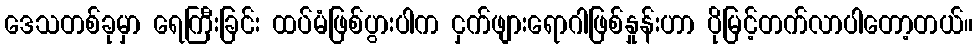
ဒေသတစ်ခုမှာ ရေကြီးခြင်း ထပ်မံဖြစ်ပွားပါက ငှက်ဖျားရောဂါဖြစ်နှုန်းဟာ ပိုမြင့်တက်လာပါတော့တယ်။